Civil Veterinary Department. United Provinces 1932-42 - 1932-1942
Year: 1932
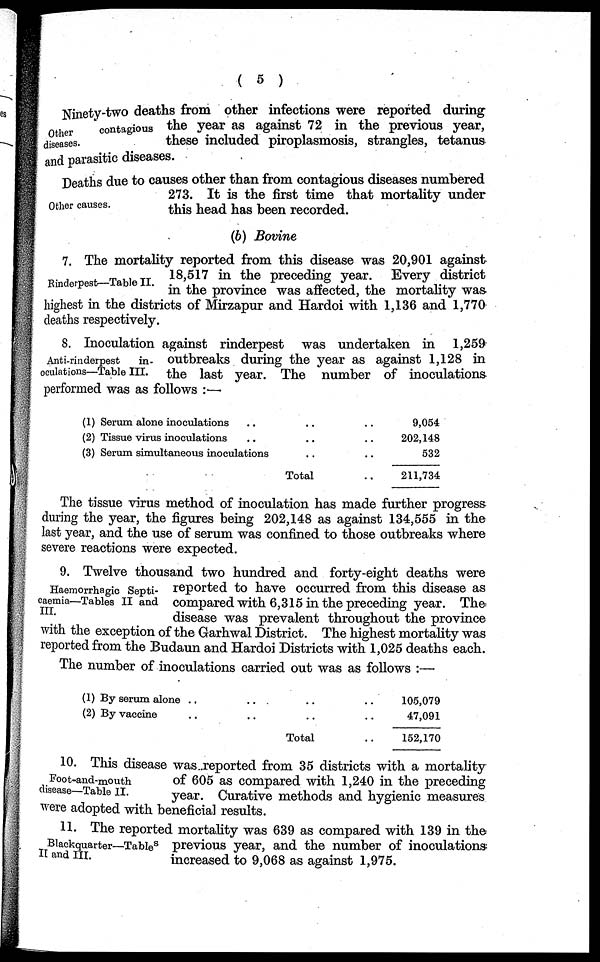
( 5 )
Other
contagious
diseases.
Ninety-two deaths from other infections were reported during
the year as against 72 in the previous year,
these included piroplasmosis, strangles, tetanus
and parasitic diseases.
Other causes.
Deaths due to causes other than from contagious diseases numbered
273. It is the first time that mortality under
this head has been recorded.
(6) Bovine
Rinderpest—Table II.
7. The mortality reported from this disease was 20,901 against
18,517 in the preceding year. Every district
in the province was affected, the mortality was
highest in the districts of Mirzapur and Hardoi with 1,136 and 1,770
deaths respectively.
Anti-rinderpest
in-
oculations—Table III.
8. Inoculation against rinderpest was undertaken in 1,259
outbreaks during the year as against 1,128 in
the last year. The number of inoculations
performed was as follows :—
(1) Serum alone inoculations ..
(2) Tissue virus inoculations ..
(3) Serum simultaneous inoculations
..
..
..
Total
.. 9,054
.. 202,148
.. 532
211,734
The tissue virus method of inoculation has made further progress
during the year, the figures being 202,148 as against 134,555 in the
last year, and the use of serum was confined to those outbreaks where
severe reactions were expected.
Haemorrhagic Septi-
caemia—Tables II and
III.
9. Twelve thousand two hundred and forty-eight deaths were
reported to have occurred from this disease as
compared with 6,315 in the preceding year. The
disease was prevalent throughout the province
with the exception of the Garhwal District. The highest mortality was
reported from the Budaun and Hardoi Districts with 1,025 deaths each.
The number of inoculations carried out was as follows:—
(1) By serum alone ..
(2) By vaccine ..
.. ..
.. ..
Total
.. 105,079
.. 47,091
.. 152,170
Foot-and-mouth
disease—Table II.
10. This disease was reported from 35 districts with a mortality
of 605 as compared with 1,240 in the preceding
year. Curative methods and hygienic measures
were adopted with beneficial results.
Blackquarter—Tables
II and III.
11. The reported mortality was 639 as compared with 139 in the
previous year, and the number of inoculations
increased to 9,068 as against 1,975.